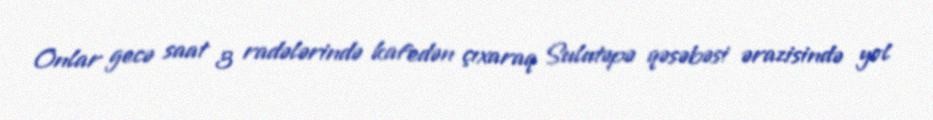
Onlar gecə saat 3 radələrində kafedən çıxaraq Sulutəpə qəsəbəsi ərazisində yol